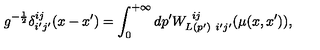
g ^ { - { \frac { 1 } { 2 } } } \delta _ { i ^ { \prime } j ^ { \prime } } ^ { i j } ( x - x ^ { \prime } ) = \int _ { 0 } ^ { + \infty } d p ^ { \prime } W _ { L ( p ^ { \prime } ) \ i ^ { \prime } j ^ { \prime } } ^ { \ i j } ( \mu ( x , x ^ { \prime } ) ) ,